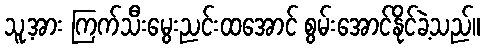
သူ့အား ကြက်သီးမွေးညင်းထအောင် စွမ်းအောင်နိုင်ခဲ့သည်။